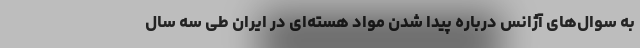
به سوال‌های آژانس درباره پیدا شدن مواد هسته‌ای در ایران طی سه سال